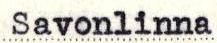
Savonlinna